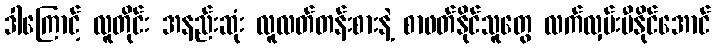
ဒါကြောင့် လူတိုင်း အနည်းဆုံး လူလတ်တန်းစားနဲ့ စာဖတ်နိုင်သူတွေ လက်လှမ်းမီနိုင်အောင်